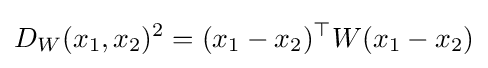
D_{W}(x_{1},x_{2})^{2}=(x_{1}-x_{2})^{\top }W(x_{1}-x_{2})